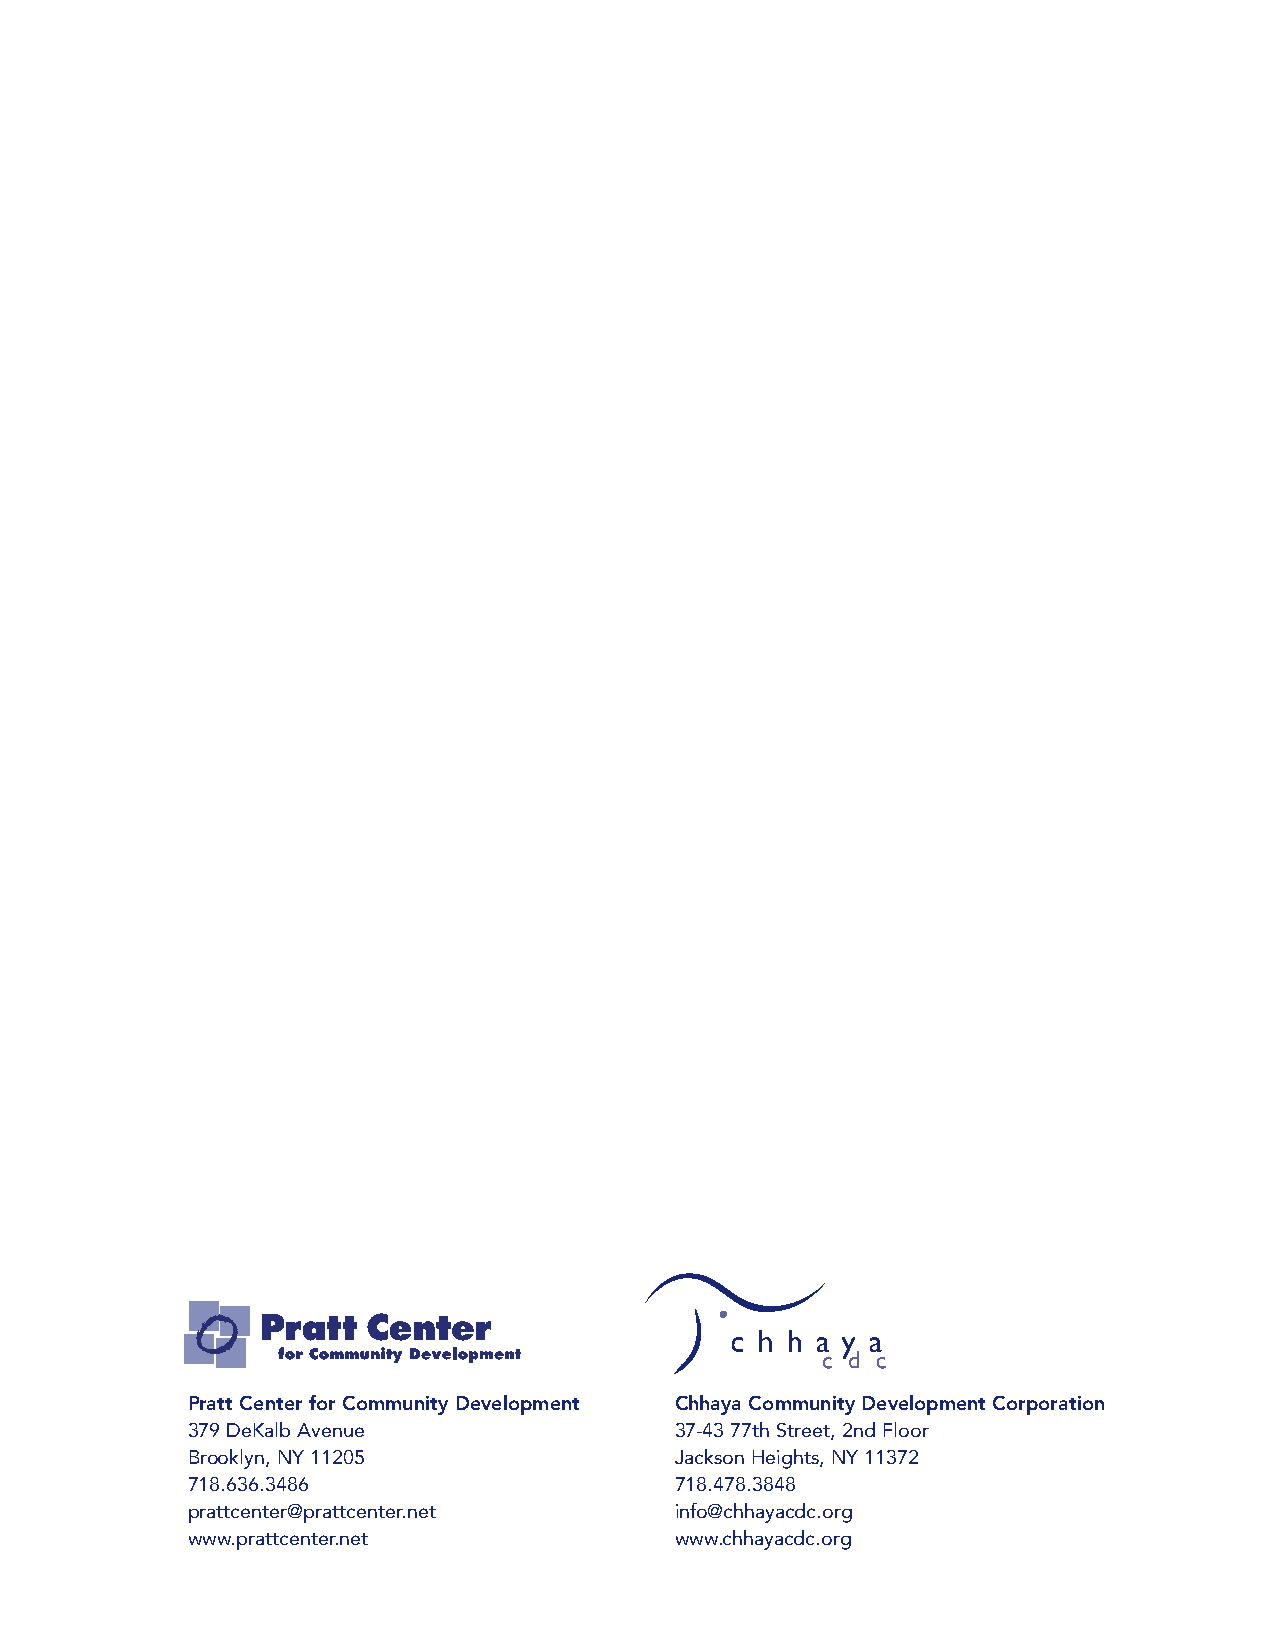
Pratt Center for Community Development Chhaya Community Development Corporation
 379 DeKalb Avenue                37-43 77th Street, 2nd Floor
 Brooklyn, NY 11205               Jackson Heights, NY 11372
 718.636.3486                     718.478.3848
 prattcenter@prattcenter.net      info@chhayacdc.org
 www.prattcenter.net              www.chhayacdc.org